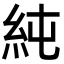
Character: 純